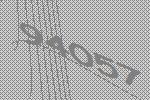
94057